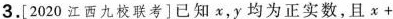
3.[2020江西九校联考]已知x，y均为正实数，且χ+